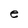
Character: e